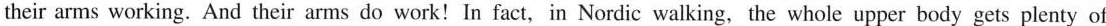
their arms working. And their arms do work!In fact,in Nordic walking, the whole upper body gets plenty of